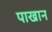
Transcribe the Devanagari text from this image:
पाखान